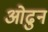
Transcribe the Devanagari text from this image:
ओढुन